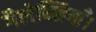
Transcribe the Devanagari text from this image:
गैलेक्सियाँ।